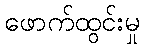
ဖောက်ထွင်းမှု